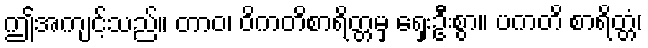
ဤအကျင့်သည်။ တာဝ၊ ဝိကတိစာရိတ္တမှ ရှေးဦးစွာ။ ပကတိ စာရိတ္တံ၊